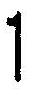
1